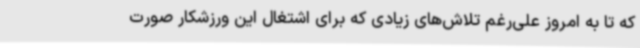
که تا به امروز علی‌رغم تلاش‌های زیادی که برای اشتغال این ورزشکار صورت